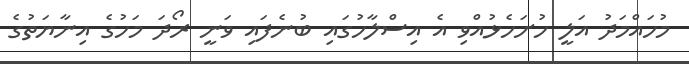
މުހައްމަދު އަލީ ހުށަހެޅުއްވި އެ އިސްލާހުގައި ބުނެފައި ވަނީ ރޯދަ މަހުގެ އިނާޔަތުގެ